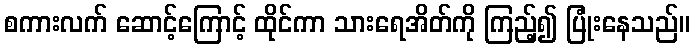
စကားလက် ဆောင့်ကြောင့် ထိုင်ကာ သားရေအိတ်ကို ကြည့်၍ ပြုံးနေသည်။